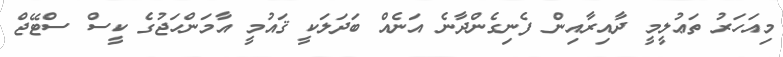
މިއަހަރު ތަޢުލީމީ ދާއިރާއިން ފެނިގެންދާނެ އަނެއް ބަދަލަކީ ޤައުމީ އާމަންހަޖުގެ ކީސް ސްޓޭޖް